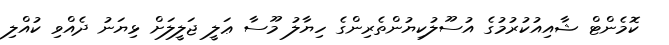
ކޮމެންޓް ޝާއިއުކުރުމުގެ އުސޫލުކިޔުންތެރިންގެ ހިޔާލު މޫސާ ޢަލީ ޖަލީލަށް ޅިޔަނު ދެއްވި ކުއްލި